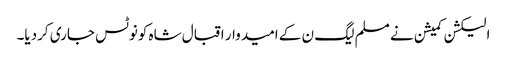
الیکشن کمیشن نے مسلم لیگ ن کے امیدوار اقبال شاہ کونوٹس جاری کردیا۔